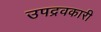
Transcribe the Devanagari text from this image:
उपद्रवकारी